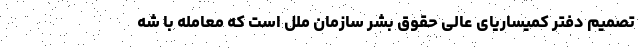
تصمیم دفتر کمیساریای عالی حقوق بشر سازمان ملل است که معامله با شه